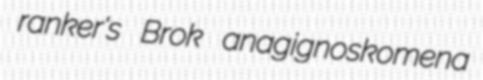
ranker's Brok anagignoskomena